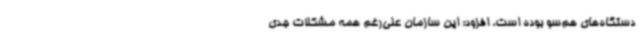
دستگاه‌های هم‌سو بوده است، افزود: این سازمان علی‌رغم همه مشکلات جدی